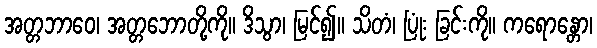
အတ္တဘာဝေ၊ အတ္တဘောတို့ကို။ ဒိသွာ၊ မြင်၍။ သိတံ၊ ပြုံး ခြင်းကို။ ကရောန္တော၊